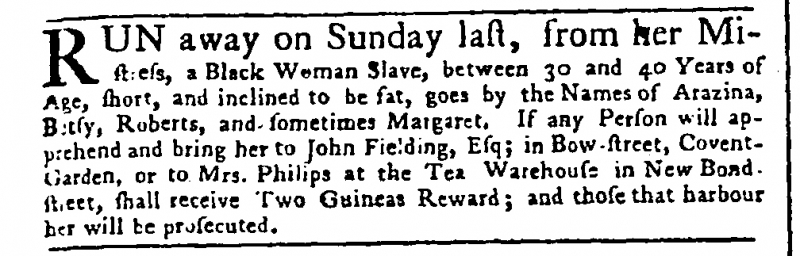
Public Advertiser, 18 January 1757 (England)
RUN away on Sunday last, from her Mistress, a Black Woman Slave, between 30 and 40 Years of Age, short, and inclined to be fat, goes by Names of Arazina, Betsy, Roberts, and sometimes Margaret. If any Person will apprehend and bring her to John Fielding, Esq; in Bow-street, Covent-Garden, or to Mrs. Philips at the Tea Warehouse in New Bond-street, shall receive Two Guineas Reward; and those that harbour her will be prosecuted.